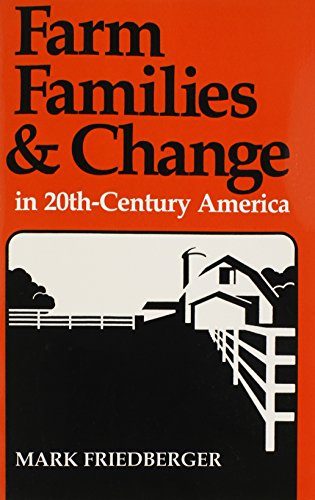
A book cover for Farm Families and Change in 20th-Century America; Mark Friedberger; Politics & Social Sciences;